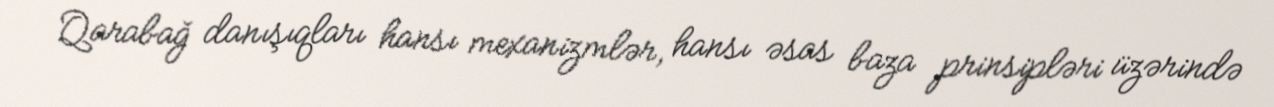
Qarabağ danışıqları hansı mexanizmlər, hansı əsas baza prinsipləri üzərində